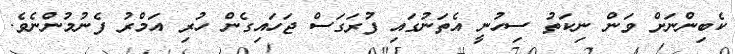
ކެބިންނަށް ވަން ނިކަތު ސިހުނީ އެތަނުގައި ފުރަގަސް ޖަހައިގެން ހުރި އަމްރު ފެނުމުންނެވެ.